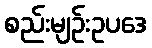
စည်းမျဉ်းဥပဒေ